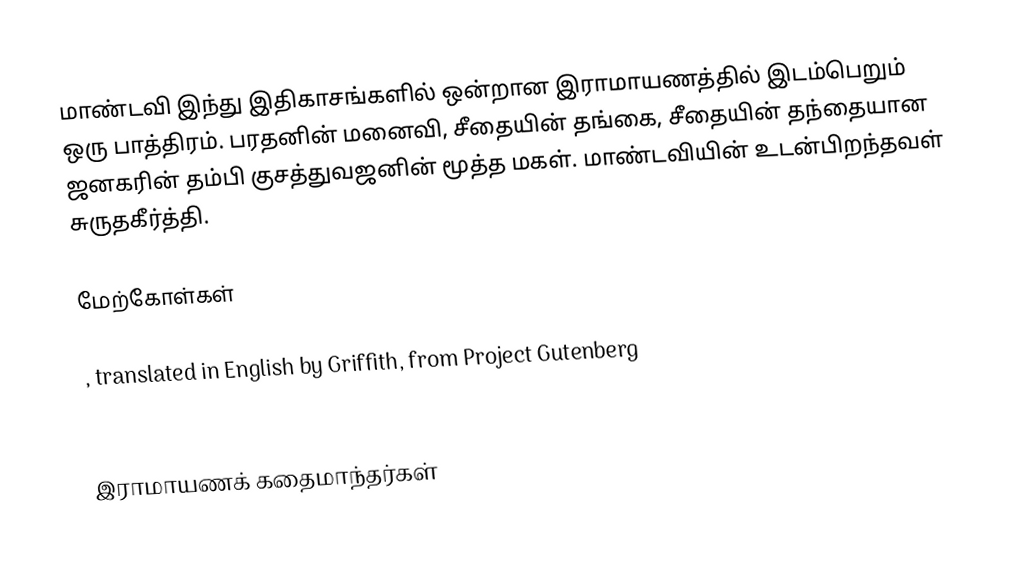
மாண்டவி  இந்து இதிகாசங்களில் ஒன்றான இராமாயணத்தில் இடம்பெறும் ஒரு பாத்திரம். பரதனின் மனைவி, சீதையின் தங்கை, சீதையின் தந்தையான ஜனகரின் தம்பி  குசத்துவஜனின் மூத்த மகள். மாண்டவியின் உடன்பிறந்தவள் சுருதகீர்த்தி.

மேற்கோள்கள்

 , translated in English by Griffith, from Project Gutenberg

இராமாயணக் கதைமாந்தர்கள்